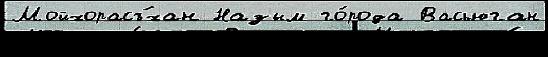
Мойхорасъ́хан Назым го́рода Васьюган